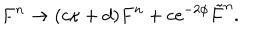
F ^ { n } \rightarrow ( c \kappa + d ) F ^ { n } + c \mathrm { e } ^ { - 2 \phi } { \tilde { F } } ^ { n } .